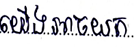
យើងអាចយក